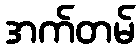
အက်တမ်